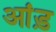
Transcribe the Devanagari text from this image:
आंड़